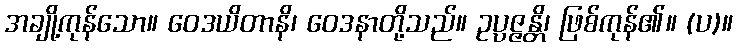
အချို့ကုန်သော။ ဝေဒယိတာနိ၊ ဝေဒနာတို့သည်။ ဥပ္ပဇ္ဇန္တိ၊ ဖြစ်ကုန်၏။ (ပ)။